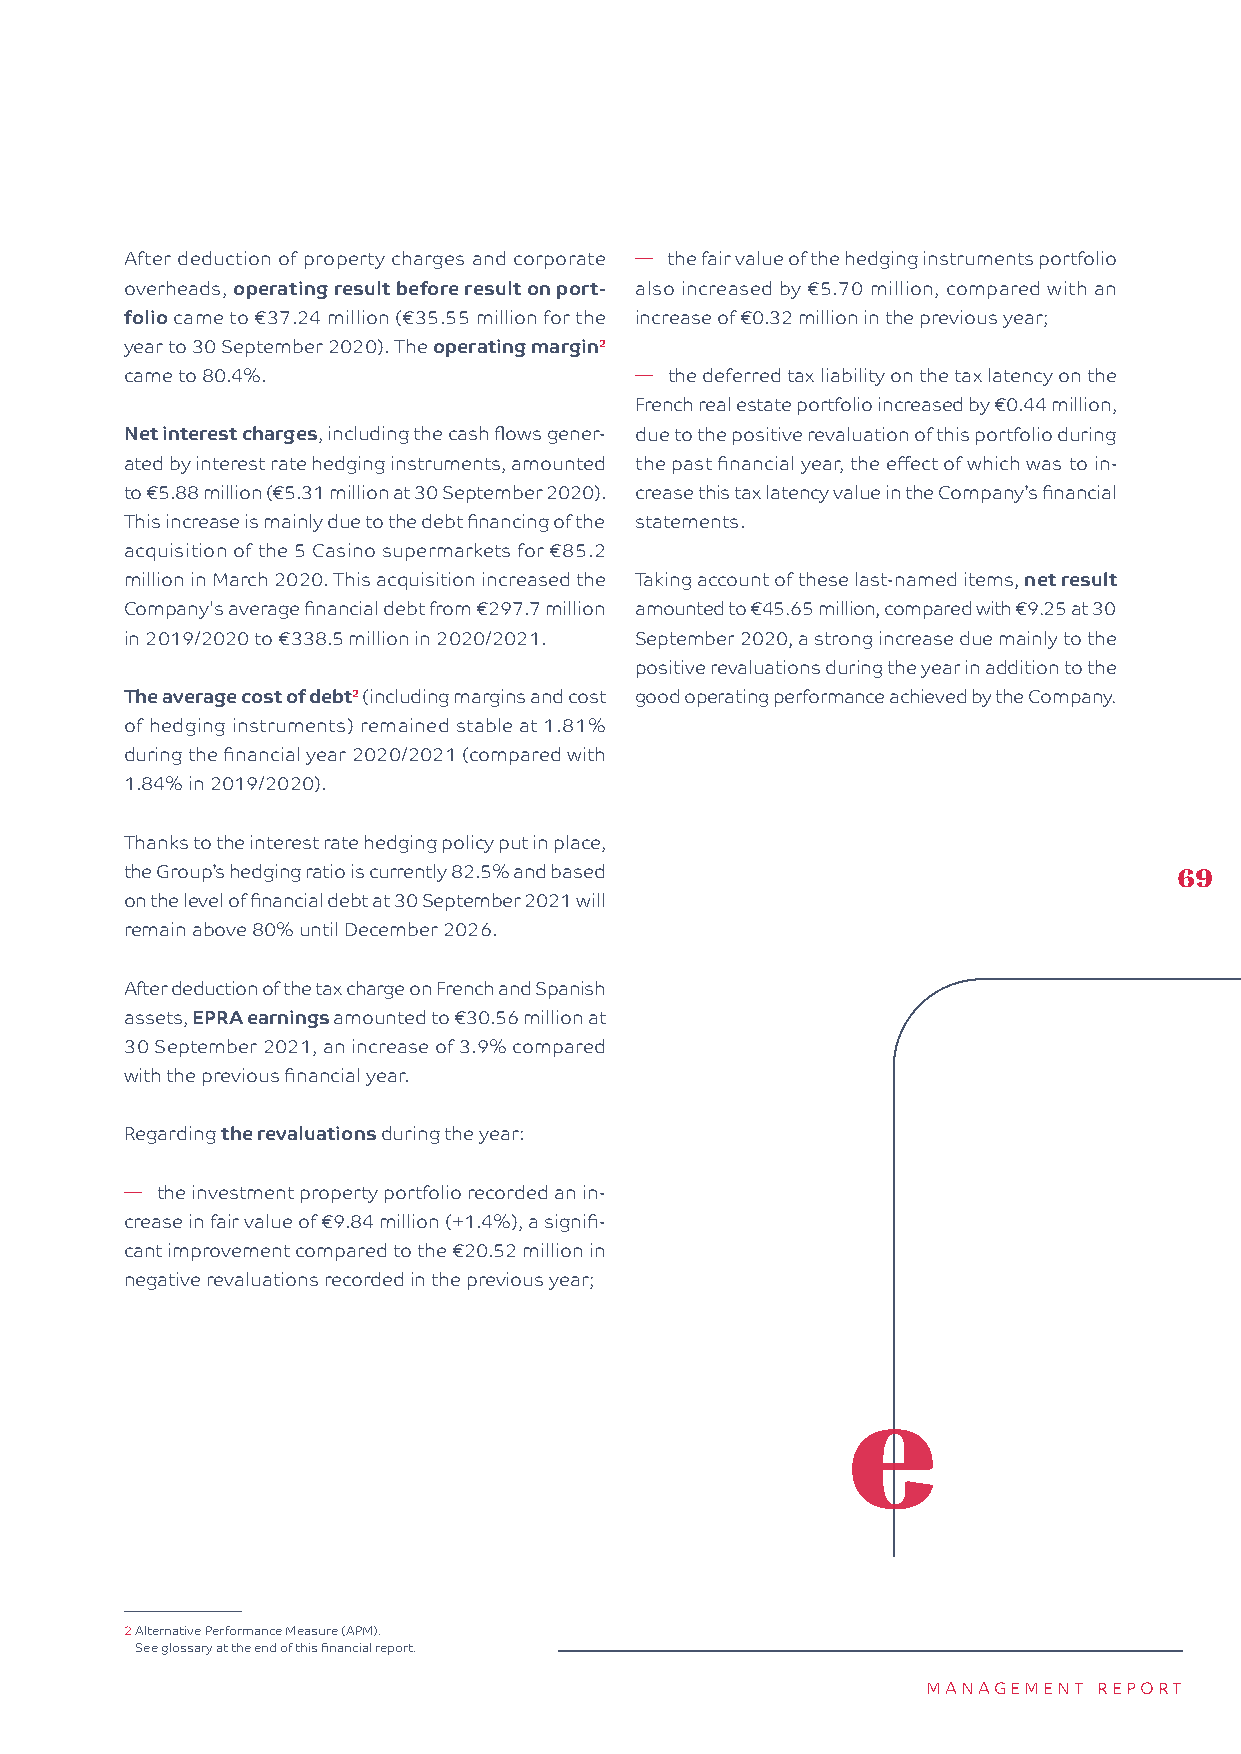
After deduction of property charges and corporate � the fair value of the hedging instruments portfolio
 overheads, operating result before result on port- also increased by €5.70 million, compared with an
 folio came to €37.24 million (€35.55 million for the increase of €0.32 million in the previous year;
 year to 30 September 2020). The operating margin2
 came to 80.4%.                    � the deferred tax liability on the tax latency on the
 French real estate portfolio increased by €0.44 million,
 Net interest charges, including the cash flows gener- due to the positive revaluation of this portfolio during
 ated by interest rate hedging instruments, amounted the past financial year, the effect of which was to in-
 to €5.88 million (€5.31 million at 30 September 2020). crease this tax latency value in the Company’s financial
 This increase is mainly due to the debt financing of the statements.
 acquisition of the 5 Casino supermarkets for €85.2
 million in March 2020. This acquisition increased the Taking account of these last-named items, net result
 Company's average financial debt from €297.7 million amounted to €45.65 million, compared with €9.25 at 30
 in 2019/2020 to €338.5 million in 2020/2021. September 2020, a strong increase due mainly to the
 positive revaluations during the year in addition to the
 The average cost of debt2 (including margins and cost good operating performance achieved by the Company.
 of hedging instruments) remained stable at 1.81%
 during the financial year 2020/2021 (compared with
 1.84% in 2019/2020).
 Thanks to the interest rate hedging policy put in place,
 the Group’s hedging ratio is currently 82.5% and based                69
 on the level of financial debt at 30 September 2021 will
 remain above 80% until December 2026.
 After deduction of the tax charge on French and Spanish
 assets, EPRA earnings amounted to €30.56 million at
 30 September 2021, an increase of 3.9% compared
 with the previous financial year.
 Regarding the revaluations during the year:
 � the investment property portfolio recorded an in-
 crease in fair value of €9.84 million (+1.4%), a signifi-
 cant improvement compared to the €20.52 million in
 negative revaluations recorded in the previous year;
 2 Alternative Performance Measure (APM).
 See glossary at the end of this financial report.
 MANAGEMENT  REPORT